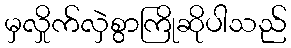
မှလှိုက်လှဲစွာကြိုဆိုပါသည်